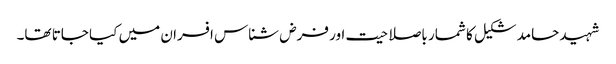
شہید حامد شکیل کا شمار باصلاحیت اور فرض شناس افسران میں کیا جاتا تھا۔